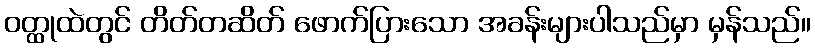
ဝတ္ထုထဲတွင် တိတ်တဆိတ် ဖောက်ပြားသော အခန်းများပါသည်မှာ မှန်သည်။